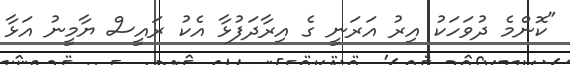
"ކޮންމެ ދުވަހަކު އިރު އަރަނީ ގެ އިރާދަފުޅާ އެކު ރައީސް ޔާމީނު އަޅާ